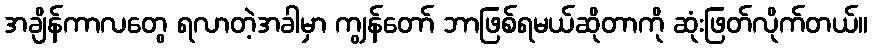
အချိန်ကာလတွေ ရလာတဲ့အခါမှာ ကျွန်တော် ဘာဖြစ်ရမယ်ဆိုတာကို ဆုံးဖြတ်လိုက်တယ်။